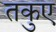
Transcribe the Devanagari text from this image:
तकुए